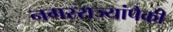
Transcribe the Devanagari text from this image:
नगरराज्यांपैकी